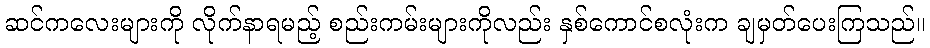
ဆင်ကလေးများကို လိုက်နာရမည့် စည်းကမ်းများကိုလည်း နှစ်ကောင်စလုံးက ချမှတ်ပေးကြသည်။